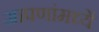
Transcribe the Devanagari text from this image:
आपणांमध्यें